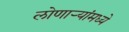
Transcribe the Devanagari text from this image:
लोणार्‍यांमध्ये